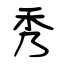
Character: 秀